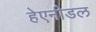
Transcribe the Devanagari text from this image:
हेएनीडल